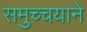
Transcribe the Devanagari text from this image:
समुच्चयाने